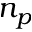
n _ { p }